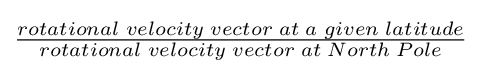
{\begin{matrix}{\frac {rotational\;velocity\;vector\;at\;a\;given\;latitude}{rotational\;velocity\;vector\;at\;North\;Pole}}\end{matrix}}